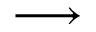
\longrightarrow